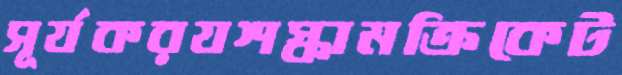
সূর্যকরযশস্কামক্রিকেট